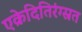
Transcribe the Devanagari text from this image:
एक्रेदितिरंग्स्रत